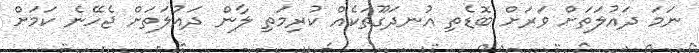
ނަމަ ދައުލަތަށް ވަރަށް ބޮޑެތި އުނދަގޫތަކެއް ކުރިމަތި ލާން ދައުލަތަށް ޖެހޭނެ ކަމަށް